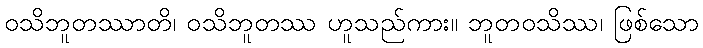
ဝသိဘူတဿာတိ၊ ဝသိဘူတဿ ဟူသည်ကား။ ဘူတဝသိဿ၊ ဖြစ်သော